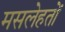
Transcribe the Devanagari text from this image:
मसलेहतों